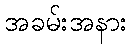
အခမ်းအနား